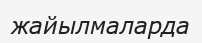
жайылмаларда